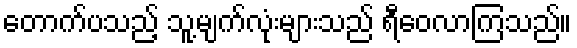
တောက်ပသည့် သူ့မျက်လုံးများသည် ရီဝေလာကြသည်။